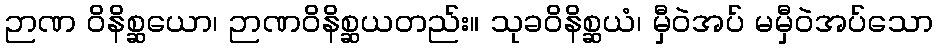
ဉာဏ ဝိနိစ္ဆယော၊ ဉာဏဝိနိစ္ဆယတည်း။ သုခဝိနိစ္ဆယံ၊ မှီဝဲအပ် မမှီဝဲအပ်သော